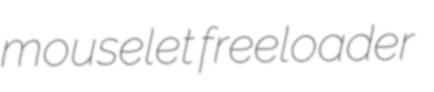
mouselet freeloader